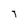
Character: T